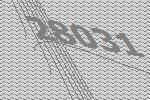
28031